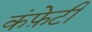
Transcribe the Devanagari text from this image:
कंफ़ेटी